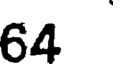
64